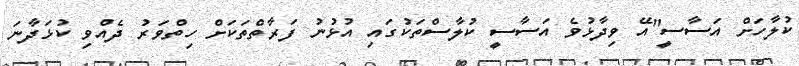
ކުލާހަށް އަސާސީ"އޭ ވިދާޅުވެ އަސާސީ ކުލާސްތަކުގައި އުޅުނު ފަރާތްތަކަށް ހިތްވަރު ދެއްވި ކުޅަދާނަ